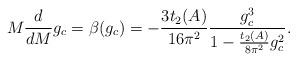
LaTeX: \begin{align*}M \frac{d}{dM} g_c = \beta(g_c) = -\frac{3 t_2(A)}{16 \pi^2} \frac{g_c^3}{1 - \frac{t_2(A)}{8 \pi^2}g_c^2}. \end{align*}